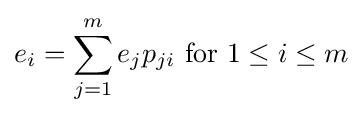
e_{i}=\sum _{j=1}^{m}e_{j}p_{ji}{\text{ for }}1\leq i\leq m